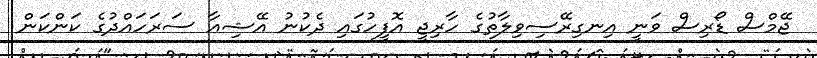
ޖޭމްސް ޑޯރިސް ވަނީ އިނގިރޭސިވިލާތުގެ ހާރިޖީ އޮފީހުގައި ދެކުނު އޭޝިއާ ސަރަހައްދުގެ ކަންކަން